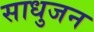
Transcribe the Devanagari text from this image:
साधुजन